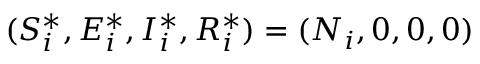
( S _ { i } ^ { * } , E _ { i } ^ { * } , I _ { i } ^ { * } , R _ { i } ^ { * } ) = ( N _ { i } , 0 , 0 , 0 )